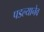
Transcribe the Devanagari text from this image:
पडल्यानेव